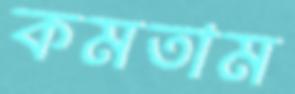
কমতাম